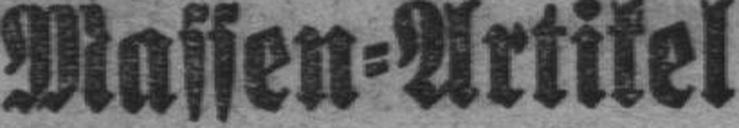
Massen=Artikel